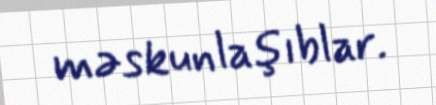
məskunlaşıblar.